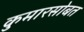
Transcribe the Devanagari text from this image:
कुमारसोबत